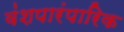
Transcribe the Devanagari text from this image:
वंशपारंपारिक